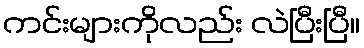
ကင်းများကိုလည်း လဲပြီးပြီ။